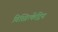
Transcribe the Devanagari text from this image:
विस्त्रित्केंद्रिय